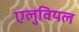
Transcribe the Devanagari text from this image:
एलुवियल